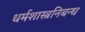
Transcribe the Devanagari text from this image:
धर्मशास्त्रनिबन्ध